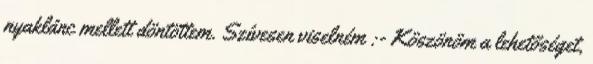
nyaklánc mellett döntöttem. Szívesen viselném :- Köszönöm a lehetőséget,